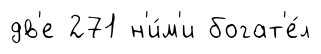
дв'е 271 н'и́м'и богат'е́л